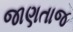
જાણતાજ